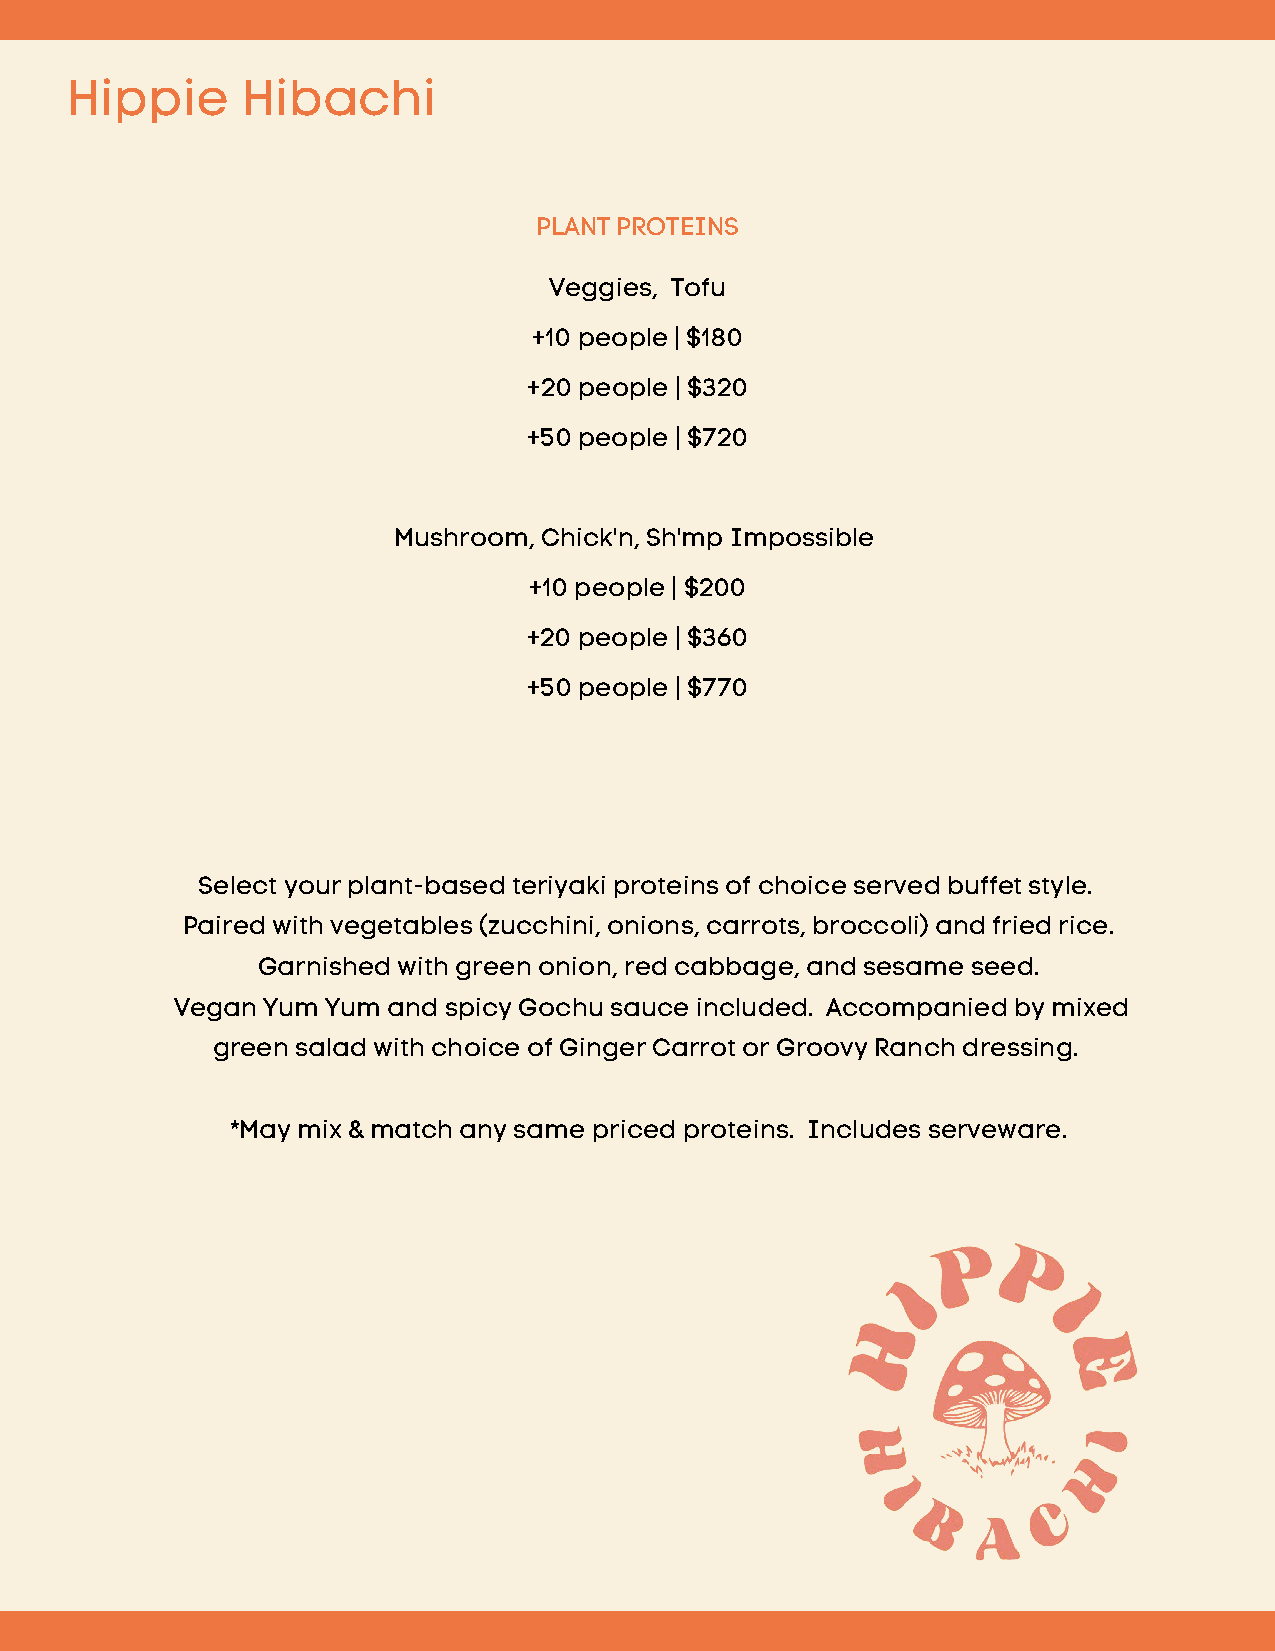
Hippie      Hibachi
 PLANT PROTEINS
 Veggies, Tofu
 +10 people | $180
 +20 people | $320
 +50 people | $720
 Mushroom, Chick'n, Sh'mp Impossible
 +10 people | $200
 +20 people | $360
 +50 people | $770
 Select your plant-based teriyaki proteins of choice served buffet style.
 Paired with vegetables (zucchini, onions, carrots, broccoli) and fried rice.
 Garnished with green onion, red cabbage, and sesame seed.
 Vegan Yum Yum and spicy Gochu sauce included. Accompanied by mixed
 green salad with choice of Ginger Carrot or Groovy Ranch dressing.
 *May mix & match any same priced proteins. Includes serveware.